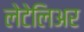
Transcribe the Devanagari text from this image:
लेटेलिअर